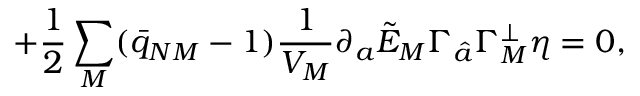
\qquad \qquad \qquad \qquad + { \frac { 1 } { 2 } } \sum _ { M } ( \bar { q } _ { N M } - 1 ) { \frac { 1 } { V _ { M } } } \partial _ { a } \tilde { E } _ { M } \Gamma _ { \hat { a } } \Gamma _ { M } ^ { \perp } \eta = 0 ,